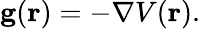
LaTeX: \mathbf{g}(\mathbf{r})=-\nabla V(\mathbf{r}).